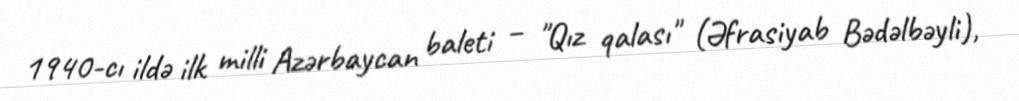
1940-cı ildə ilk milli Azərbaycan baleti – "Qız qalası" (Əfrasiyab Bədəlbəyli),